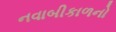
નવાબીકાળનો